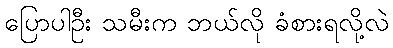
ပြောပါဦး သမီးက ဘယ်လို ခံစားရလို့လဲ